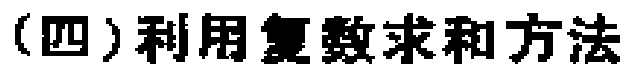
（四）利用复数求和方法